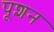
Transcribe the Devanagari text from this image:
पूशन